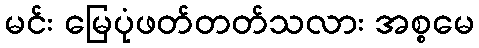
မင်း မြေပုံဖတ်တတ်သလား အစ္စမေ